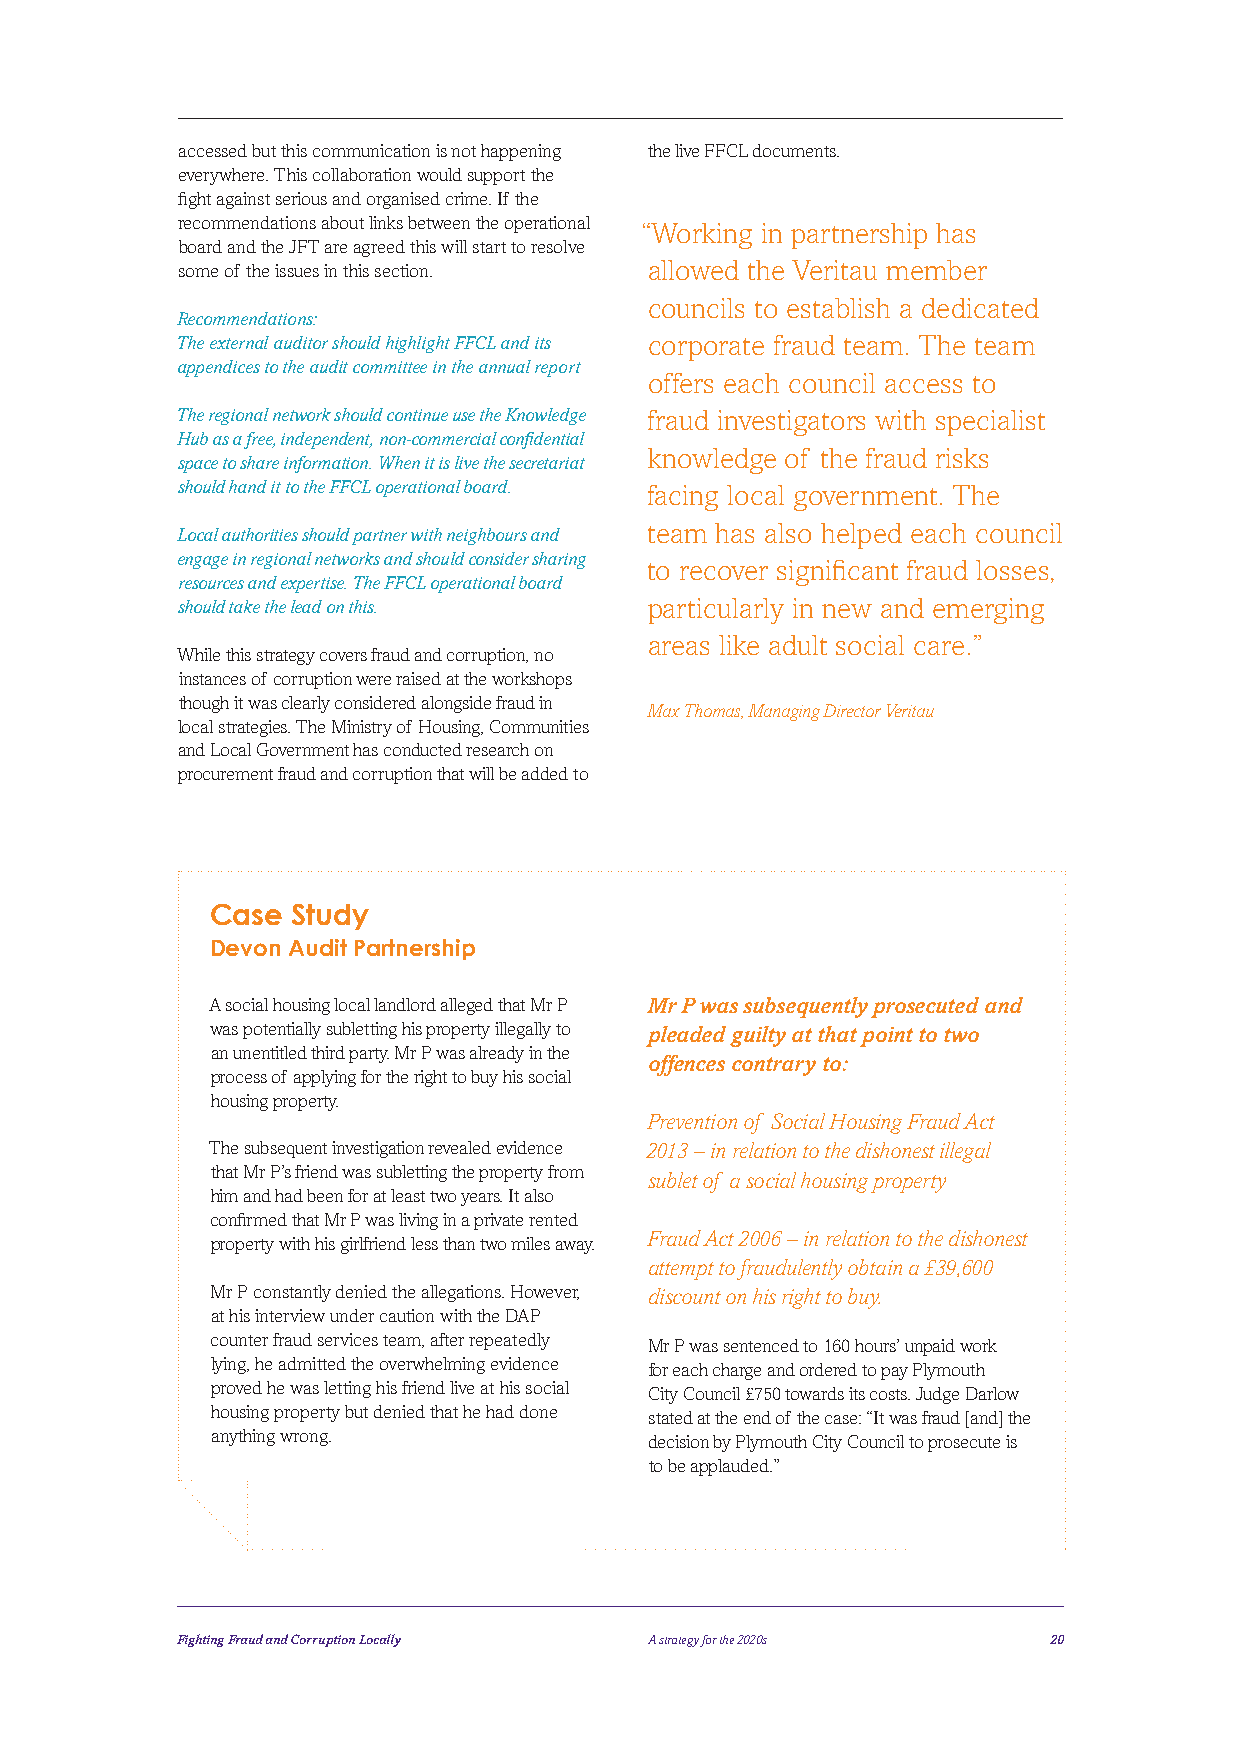
accessed but this communication is not happening the live FFCL documents.
 everywhere. This collaboration would support the
 fight against serious and organised crime. If the
 recommendations about links between the operational “Working in partnership has
 board and the JFT are agreed this will start to resolve
 some of the issues in this section. allowed the Veritau member
 councils to establish a dedicated
 Recommendations:
 The external auditor should highlight FFCL and its corporate fraud team. The team
 appendices to the audit committee in the annual report
 offers each council access to
 The regional network should continue use the Knowledge fraud investigators with specialist
 Hub as a free, independent, non-commercial confidential
 knowledge of the fraud risks
 space to share information. When it is live the secretariat
 should hand it to the FFCL operational board. facing local government. The
 Local authorities should partner with neighbours and team has also helped each council
 engage in regional networks and should consider sharing
 to recover significant fraud losses,
 resources and expertise. The FFCL operational board
 should take the lead on this.  particularly in new and emerging
 areas like adult social care.”
 While this strategy covers fraud and corruption, no
 instances of corruption were raised at the workshops
 though it was clearly considered alongside fraud in
 Max Thomas, Managing Director Veritau
 local strategies. The Ministry of Housing, Communities
 and Local Government has conducted research on
 procurement fraud and corruption that will be added to
 Case Study
 Devon Audit Partnership
 A social housing local landlord alleged that Mr P Mr P was subsequently prosecuted and
 was potentially subletting his property illegally to pleaded guilty at that point to two
 an unentitled third party. Mr P was already in the
 offences contrary to:
 process of applying for the right to buy his social
 housing property.
 Prevention of Social Housing Fraud Act
 The subsequent investigation revealed evidence 2013 – in relation to the dishonest illegal
 that Mr P’s friend was subletting the property from
 sublet of a social housing property
 him and had been for at least two years. It also
 confirmed that Mr P was living in a private rented
 Fraud Act 2006 – in relation to the dishonest
 property with his girlfriend less than two miles away.
 attempt to fraudulently obtain a £39,600
 Mr P constantly denied the allegations. However, discount on his right to buy.
 at his interview under caution with the DAP
 counter fraud services team, after repeatedly Mr P was sentenced to 160 hours’ unpaid work
 lying, he admitted the overwhelming evidence for each charge and ordered to pay Plymouth
 proved he was letting his friend live at his social City Council £750 towards its costs. Judge Darlow
 housing property but denied that he had done stated at the end of the case: “It was fraud [and] the
 anything wrong.              decision by Plymouth City Council to prosecute is
 to be applauded.”
 Fighting Fraud and Corruption Locally A strategy for the 2020s 20